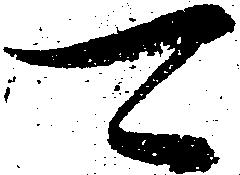
可